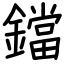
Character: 鐺